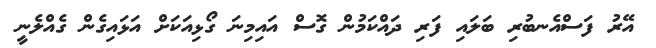
އޭރު ފަސްއެނބުރި ބަލައި ފަރި ދައްކަމުން ގޮސް އައިމިނަ ގޯޅިއަކަށް އަޅައިގެން ގެއްލެނީ